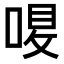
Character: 𠷙